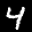
Label: 4